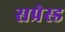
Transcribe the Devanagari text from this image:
सप्रेस्ड